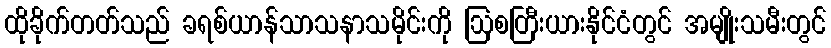
ထိုခိုက်တတ်သည် ခရစ်ယာန်သာသနာသမိုင်းကို ဩစတြီးယားနိုင်ငံတွင် အမျိုးသမီးတွင်